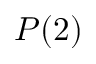
P ( 2 )